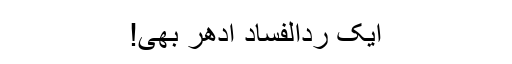
ایک ردالفساد ادھر بھی!